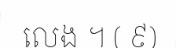
លេង ។ ( ៩)